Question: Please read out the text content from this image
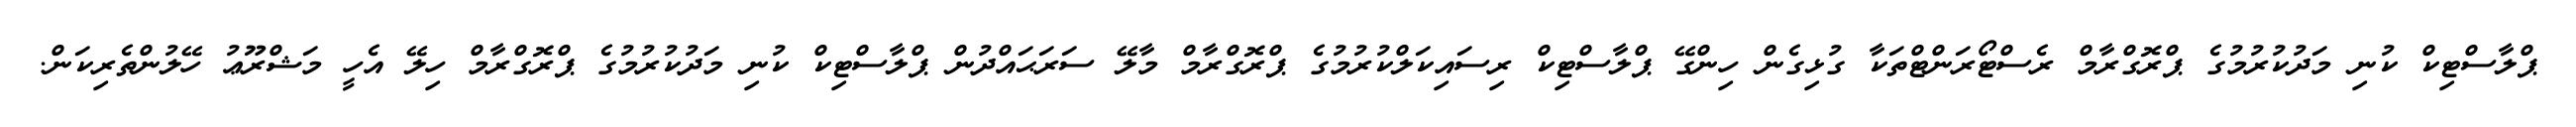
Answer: ޕްލާސްޓިކް ކުނި މަދުކުރުމުގެ ޕްރޮގްރާމް ރެސްޓޯރަންޓްތަކާ ގުޅިގެން ހިންގޭ ޕްލާސްޓިކް ރިސައިކަލްކުރުމުގެ ޕްރޮގްރާމް މާލޭ ސަރަޙައްދުން ޕްލާސްޓިކް ކުނި މަދުކުރުމުގެ ޕްރޮގްރާމް ހިލޭ އެހީ މަޝްރޫޢު ހޭލުންތެރިކަން.